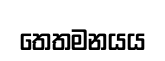
තෙතමනයය